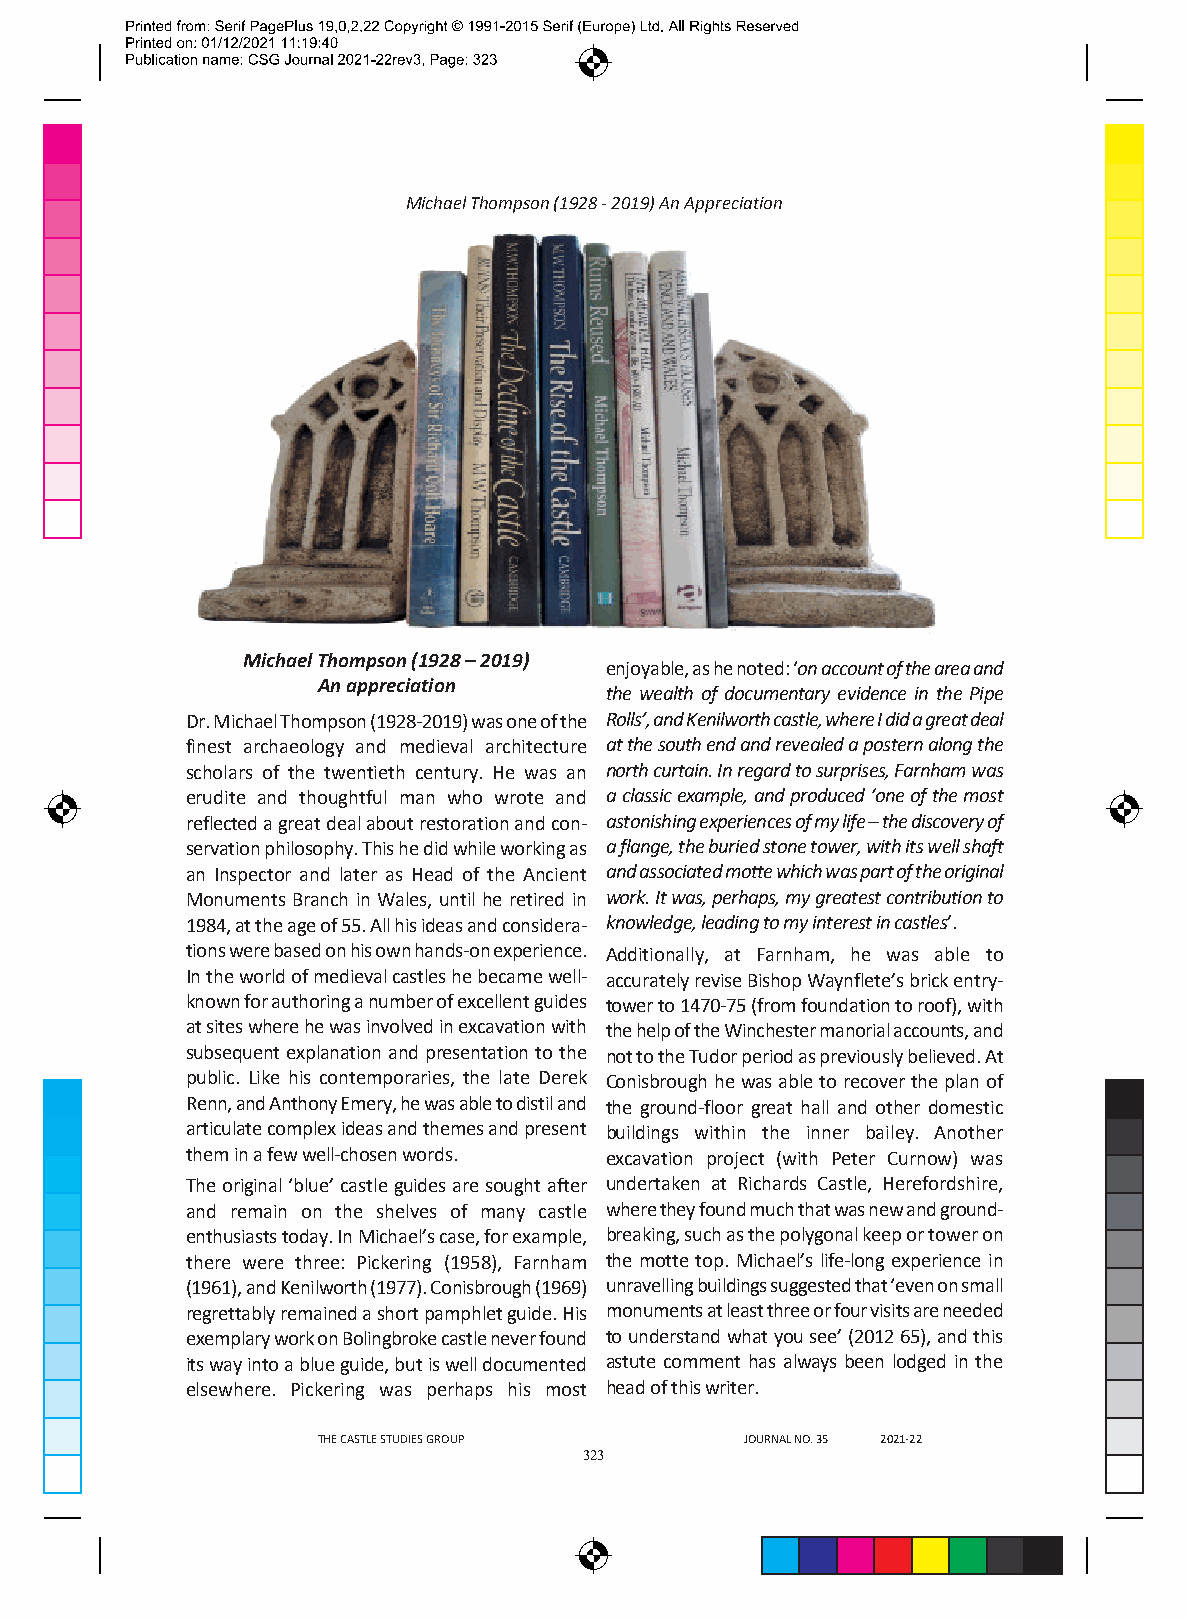
Michael Thompson (1928 - 2019) An Appreciation
 Michael Thompson (1928 – 2019)
 enjoyable, as he noted: ‘on account of the area and
 An appreciation
 the wealth of documentary evidence in the Pipe
 Dr. Michael Thompson (1928-2019) was one of the Rolls’, and Kenilworth castle, where I did a great deal
 finest archaeology and medieval architecture at the south end and revealed a postern along the
 scholars of the twentieth century. He was an north curtain. In regard to surprises, Farnham was
 erudite and thoughtful man who wrote and a classic example, and produced ‘one of the most
 reflected a great deal about restoration and con- astonishing experiences of my life – the discovery of
 servation philosophy. This he did while working as a flange, the buried stone tower, with its well shaft
 an Inspector and later as Head of the Ancient and associated motte which was part of the original
 Monuments Branch in Wales, until he retired in work. It was, perhaps, my greatest contribution to
 1984, at the age of 55. All his ideas and considera- knowledge, leading to my interest in castles’.
 tions were based on his own hands-on experience. Additionally, at Farnham, he was able to
 In the world of medieval castles he became well- accurately revise Bishop Waynflete’s brick entry-
 known for authoring a number of excellent guides tower to 1470-75 (from foundation to roof), with
 at sites where he was involved in excavation with the help of the Winchester manorial accounts, and
 subsequent explanation and presentation to the not to the Tudor period as previously believed. At
 public. Like his contemporaries, the late Derek Conisbrough he was able to recover the plan of
 Renn, and Anthony Emery, he was able to distil and the ground-floor great hall and other domestic
 articulate complex ideas and themes and present buildings within the inner bailey. Another
 them in a few well-chosen words. excavation project (with Peter Curnow) was
 The original ‘blue’ castle guides are sought after undertaken at Richards Castle, Herefordshire,
 and remain on the shelves of many castle where they found much that was new and ground-
 enthusiasts today. In Michael’s case, for example, breaking, such as the polygonal keep or tower on
 there were three: Pickering (1958), Farnham the motte top. Michael’s life-long experience in
 (1961), and Kenilworth (1977). Conisbrough (1969) unravelling buildings suggested that ‘even on small
 regrettably remained a short pamphlet guide. His monuments at least three or four visits are needed
 exemplary work on Bolingbroke castle never found to understand what you see’ (2012 65), and this
 its way into a blue guide, but is well documented astute comment has always been lodged in the
 elsewhere. Pickering was perhaps his most head of this writer.
 THE CASTLE STUDIES GROUP    JOURNAL NO. 35 2021-22
 323